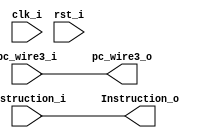
//Subject:     CO project 5 - Bubble
//--------------------------------------------------------------------------------
//Version:     1
//--------------------------------------------------------------------------------
//Writer:      0510513 
//----------------------------------------------
//Date:        
//----------------------------------------------
//Description: 
//--------------------------------------------------------------------------------
module Bubbble(
    clk_i,
    rst_i,
    pc_wire3_i,
    Instruction_i,
    pc_wire3_o,
    Instruction_o
);

input   clk_i;
input   rst_i;
input   [31:0] pc_wire3_i;
input   [31:0] Instruction_i;

output  [31:0] pc_wire3_o;
output  [31:0] Instruction_o;
// reg     [31:0] pc_wire3_o;
// reg     [31:0] Instruction_o;

reg     [31:0]  instruction_file    [0:31];
reg     [31:0]  pc_wire3            [0:31];

reg     [31:0]  counter [0:1];
reg     [1:0]   b;     

integer c=0;

//Rformat Iformat bubble 2
//Itype
//lw sw branch jump bubble 3 
// assign  pc_wire3_o=(counter[c]==2'b00)?pc_wire3[c]:32'dx;
// assign  instruction_o=(counter[c]==2'b00)?instruction_file[c]:32'dx;

always@(posedge clk_i) begin
instruction_file[(pc_wire3_i / 4)-1]=Instruction_i;
pc_wire3[(pc_wire3_i / 4)-1]=pc_wire3_i;
b=(instruction_file[(pc_wire3_i / 4)-1][31:26]==6'd35||instruction_file[(pc_wire3_i / 4)-1][31:26]==6'd43||instruction_file[(pc_wire3_i / 4)-1][31:26]==6'd2||instruction_file[(pc_wire3_i / 4)-1][31:26]==6'd3||instruction_file[(pc_wire3_i / 4)-1][31:26]==6'b000100||instruction_file[(pc_wire3_i / 4)-1][31:26]==6'b000101||instruction_file[(pc_wire3_i / 4)-1][31:26]==6'b000110||instruction_file[(pc_wire3_i / 4)-1][31:26]==6'b000111)?2'b11:2'b00;
counter[(pc_wire3_i / 4)-1]=(b!=0)?(b):2'b00;
    counter[c]=(counter[c]==2'b00)?counter[c]:counter[c]-2'b01;
    c=(counter[c]==1)?c:c+1;
end

assign  pc_wire3_o=(1)?pc_wire3_i:32'dx;
assign  Instruction_o=(1)?Instruction_i:32'dx;

endmodule